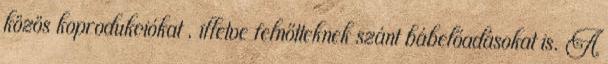
közös koprodukciókat , illetve felnőtteknek szánt bábelőadásokat is. A